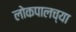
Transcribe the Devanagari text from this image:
लोकपालच्या